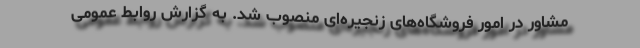
مشاور در امور فروشگاه‌های زنجیره‌ای منصوب شد. به گزارش روابط عمومی